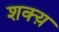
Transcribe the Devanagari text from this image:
शक्य़